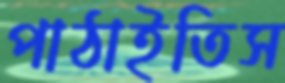
পাঠাইতিস